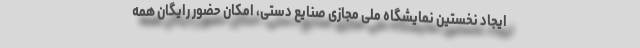
ایجاد نخستین نمایشگاه ملی مجازی صنایع دستی، امکان حضور رایگان همه